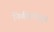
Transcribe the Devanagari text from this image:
निर्णयामधून